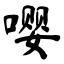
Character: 嘤